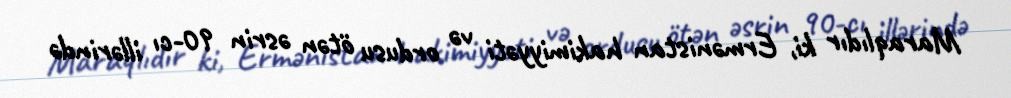
Maraqlıdır ki, Ermənistan hakimiyyəti və ordusu ötən əsrin 90-cı illərində